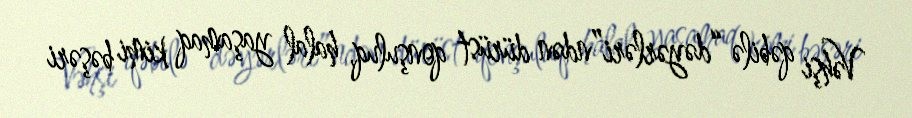
Vəhşi qəbilə “dəyərləri”ndən dürüst qonşuluq, halal yaşamaq kimi bəşəri